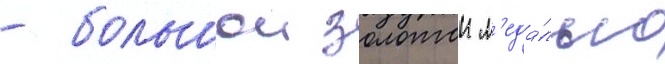
- большои золотои м'еда́лью